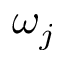
\omega _ { j }